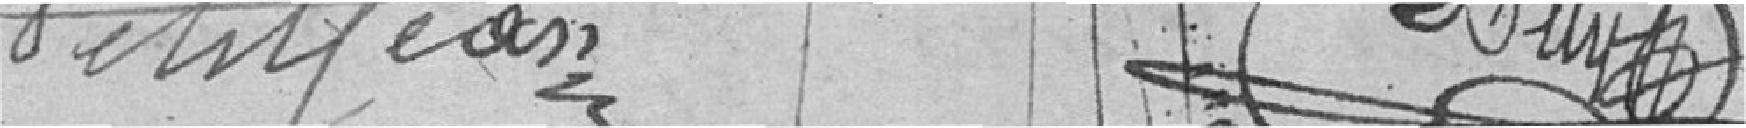
PETITJEAN